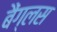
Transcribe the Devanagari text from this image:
बैंग्लस